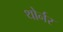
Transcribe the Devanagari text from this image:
थोर्नर